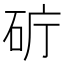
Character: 𥑈